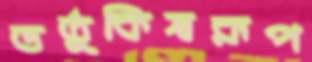
ভর্তুকিস্বরূপ